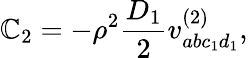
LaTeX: \mathbb{C}_{2}=-\rho^{2}\frac{{D_{1}}}{{2}}v_{abc_{1}d_{1}}^{(2)},